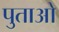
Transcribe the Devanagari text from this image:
पुताओ